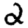
Digit: 2